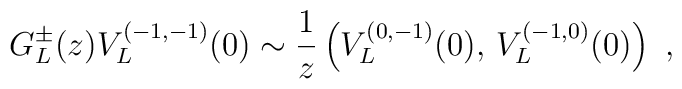
G_L^{\pm}(z)V_L^{(-1,-1)}(0)\sim {1\over z}\left(V_L^{(0,-1)}(0),\,V_L^{(-1,0)}(0)\right) \ ,